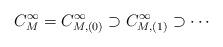
LaTeX: \begin{align*} C^\infty_M=C^\infty_{M,(0)}\supset C^\infty_{M,(1)}\supset \cdots\end{align*}